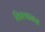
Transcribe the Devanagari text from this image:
विश्‍वानस